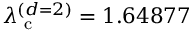
\lambda _ { \mathrm { ~ c ~ } } ^ { ( d = 2 ) } = 1 . 6 4 8 7 7